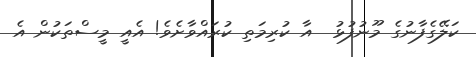
ކަލޭގެފާނުގެ މޫނުފުޅު  އާ ކުރިމަތި ކުރައްވާށެވެ! އެއީ މީސްތަކުން އެ